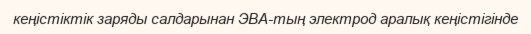
кеңістіктік заряды салдарынан ЭВА-тың электрод аралық кеңістігінде